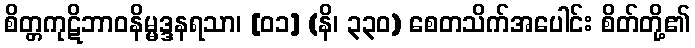
စိတ္တကုဋိဘာဝနိမ္မဒ္ဒနရသာ၊ [၀၁] (နိ၊ ၃၃၀) စေတသိက်အပေါင်း စိတ်တို့၏